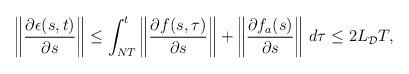
LaTeX: \begin{align*}\begin{aligned}\left\|\dfrac{\partial \epsilon(s,t)}{\partial s}\right\| \le \int_{NT}^t \left\|\dfrac{\partial f(s,\tau)}{\partial s}\right\|+\left\|\dfrac{\partial f_a(s)}{\partial s}\right\| \,d\tau \le 2 L_\mathcal{D} T,\end{aligned}\end{align*}